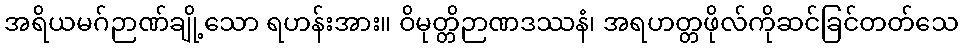
အရိယမဂ်ဉာဏ်ချို့သော ရဟန်းအား။ ဝိမုတ္တိဉာဏဒဿနံ၊ အရဟတ္တဖိုလ်ကိုဆင်ခြင်တတ်သေ